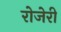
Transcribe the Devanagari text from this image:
रोजेरी